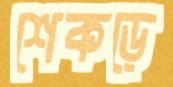
শেকড়ে